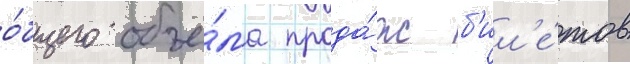
о́бщего объё́ма прода́ж б'ил'е́тов